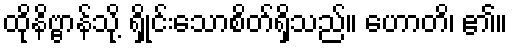
ထိုနိဗ္ဗာန်သို့ ရှိုင်းသောစိတ်ရှိသည်။ ဟောတိ၊ ၏။